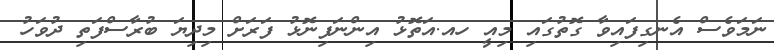
ނަމަވެސް އެނގިފައިވާ ގޮތުގައި މިއީ ހއ.އަތޮޅު އިންނަފިނޮޅު ފަރަށް މިދިޔަ ބުރާސްފަތި ދުވަހު